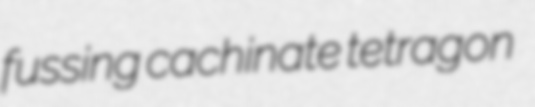
fussing cachinate tetragon